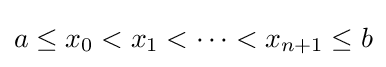
a\leq x_{0}<x_{1}<\cdots <x_{n+1}\leq b